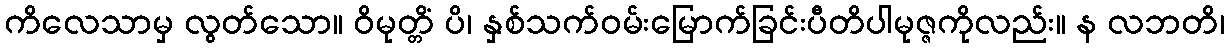
ကိလေသာမှ လွတ်သော။ ဝိမုတ္တိံ ပိ၊ နှစ်သက်ဝမ်းမြောက်ခြင်းပီတိပါမုဇ္ဇကိုလည်း။ န လဘတိ၊